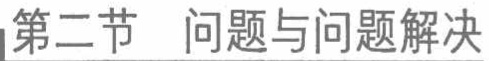
第二节 问题与问题解决